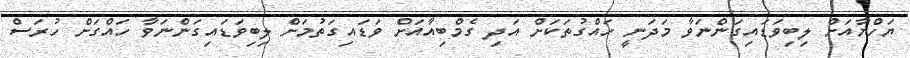
ޔަހްޔާއަށް ލިބިވަޑައިގަންނަވާ މަދަނީ ހައްގުތަކަށް އަދި ގެމްބިއާއަށް ވަޑައިގަތުމަށް ލިބިވަޑައިގަންނަވާ ހައްގަށް ހުރަސް